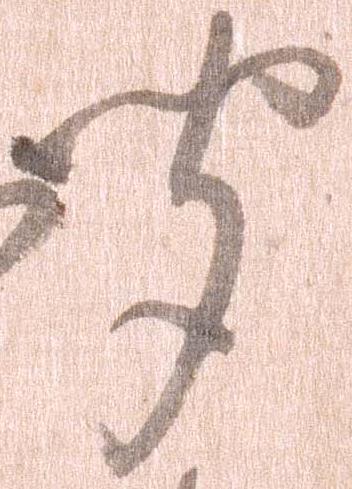
聞